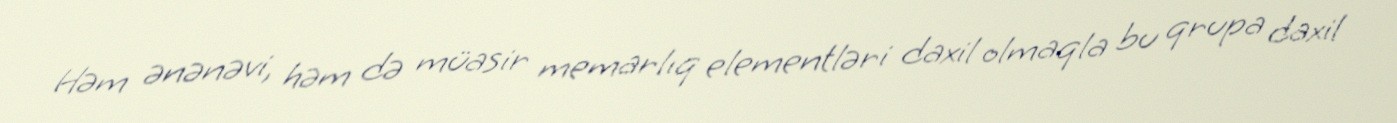
Həm ənənəvi, həm də müasir memarlıq elementləri daxil olmaqla bu qrupa daxil